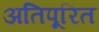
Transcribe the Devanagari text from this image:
अतिपूरित